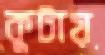
কুটায়